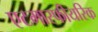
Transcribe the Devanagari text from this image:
एटमास्फीयरिक